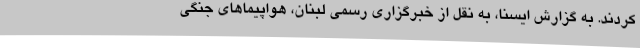
کردند. به گزارش ایسنا، به نقل از خبرگزاری رسمی لبنان، هواپیماهای جنگی